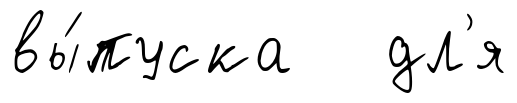
вы́пуска дл'я